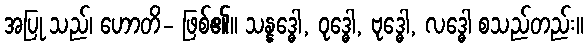
အပြု သည်၊ ဟောတိ- ဖြစ်၏။ သန္နဒ္ဓေါ, ဝုဒ္ဓေါ, ဗုဒ္ဓေါ, လဒ္ဓေါ စသည်တည်း။